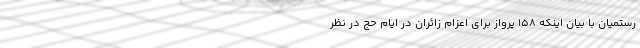
رستمیان با بیان اینکه ۱۵۸ پرواز برای اعزام زائران در ایام حج در نظر